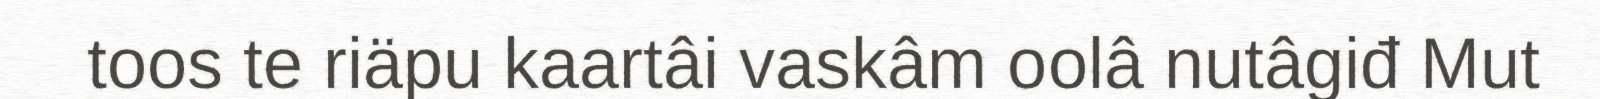
toos te riäpu kaartâi vaskâm oolâ nutâgiđ Mut